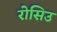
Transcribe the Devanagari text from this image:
रोसिउ